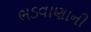
ભડવાણાની